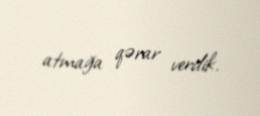
atmağa qərar verdik.